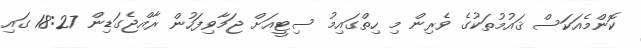
ކޮންމެއަކަސް ޤައުމުތަކުގެ ވެރިން މި ހިތްގައިމު ސިޓީއަށް ޖަމާވިފަހުން ރާއްޖެގަޑިން 18:27 ގައި